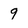
Character: 9